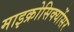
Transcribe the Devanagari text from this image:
माइक्रोसिक्योंसर